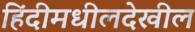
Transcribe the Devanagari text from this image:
हिंदीमधीलदेखील